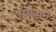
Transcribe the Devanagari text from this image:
संंमेलने